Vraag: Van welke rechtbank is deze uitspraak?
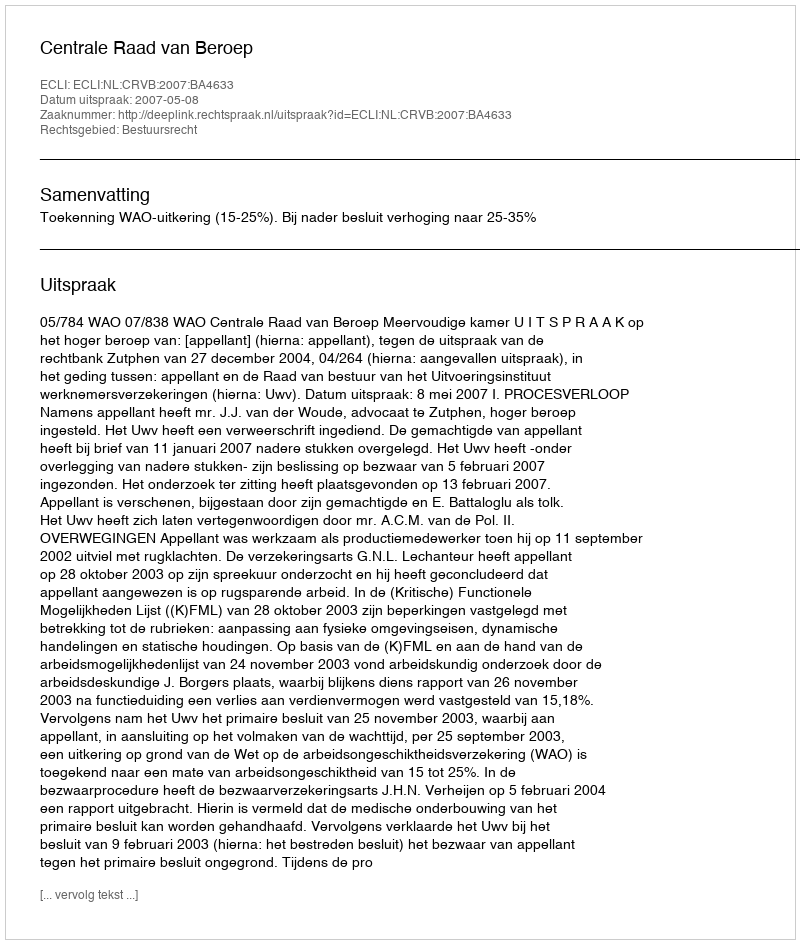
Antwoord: Centrale Raad van Beroep